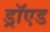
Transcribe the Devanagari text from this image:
ड्रॉएड